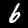
Digit: 6